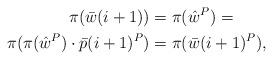
LaTeX: \begin{align*}\pi(\bar w(i+1)) &= \pi({\hat w}^P) =\\\pi (\pi({\hat w}^P)\cdot\bar p(i+1)^P) &= \pi( \bar w(i+1)^P),\end{align*}